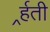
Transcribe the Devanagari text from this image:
र्र्हती